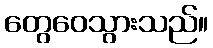
တွေဝေသွားသည်။